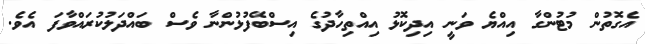
އެގޮތުން މުޓުންގާ އިއްޔެ ވަނީ އިދިކޮޅު އިއްތިހާދުގެ އިސްބޭފުޅުންނާ ވެސް ބައްދަލުކުރައްވާފަ އެވެ.